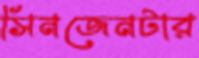
সিনজেনটার